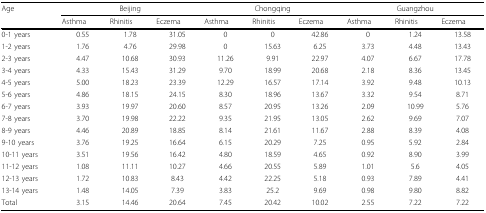
<table><thead><tr><td><b>Age</b></td><td colspan="3"><b>Beijing</b></td><td colspan="3"><b>Chongqing</b></td><td colspan="3"><b>Guangzhou</b></td></tr><tr><td></td><td><b>Asthma</b></td><td><b>Rhinitis</b></td><td><b>Eczema</b></td><td><b>Asthma</b></td><td><b>Rhinitis</b></td><td><b>Eczema</b></td><td><b>Asthma</b></td><td><b>Rhinitis</b></td><td><b>Eczema</b></td></tr></thead><tbody><tr><td>0-1 years</td><td>0.55</td><td>1.78</td><td>31.05</td><td>0</td><td>0</td><td>42.86</td><td>0</td><td>1.24</td><td>13.58</td></tr><tr><td>1-2 years</td><td>1.76</td><td>4.76</td><td>29.98</td><td>0</td><td>15.63</td><td>6.25</td><td>3.73</td><td>4.48</td><td>13.43</td></tr><tr><td>2-3 years</td><td>4.47</td><td>10.68</td><td>30.93</td><td>11.26</td><td>9.91</td><td>22.97</td><td>4.07</td><td>6.67</td><td>17.78</td></tr><tr><td>3-4 years</td><td>4.33</td><td>15.43</td><td>31.29</td><td>9.70</td><td>18.99</td><td>20.68</td><td>2.18</td><td>8.36</td><td>13.45</td></tr><tr><td>4-5 years</td><td>5.00</td><td>18.23</td><td>23.39</td><td>12.29</td><td>16.57</td><td>17.14</td><td>3.92</td><td>9.48</td><td>10.13</td></tr><tr><td>5-6 years</td><td>4.86</td><td>18.15</td><td>24.15</td><td>8.30</td><td>18.96</td><td>13.67</td><td>3.32</td><td>9.54</td><td>8.71</td></tr><tr><td>6-7 years</td><td>3.93</td><td>19.97</td><td>20.60</td><td>8.57</td><td>20.95</td><td>13.26</td><td>2.09</td><td>10.99</td><td>5.76</td></tr><tr><td>7-8 years</td><td>3.70</td><td>19.98</td><td>22.22</td><td>9.35</td><td>21.95</td><td>13.05</td><td>2.62</td><td>9.69</td><td>7.07</td></tr><tr><td>8-9 years</td><td>4.46</td><td>20.89</td><td>18.85</td><td>8.14</td><td>21.61</td><td>11.67</td><td>2.88</td><td>8.39</td><td>4.08</td></tr><tr><td>9-10 years</td><td>3.76</td><td>19.25</td><td>16.64</td><td>6.15</td><td>20.29</td><td>7.25</td><td>0.95</td><td>5.92</td><td>2.84</td></tr><tr><td>10-11 years</td><td>3.51</td><td>19.56</td><td>16.42</td><td>4.80</td><td>18.59</td><td>4.65</td><td>0.92</td><td>8.90</td><td>3.99</td></tr><tr><td>11-12 years</td><td>1.08</td><td>11.11</td><td>10.27</td><td>4.66</td><td>20.55</td><td>5.89</td><td>1.01</td><td>5.6</td><td>4.05</td></tr><tr><td>12-13 years</td><td>1.72</td><td>10.83</td><td>8.43</td><td>4.42</td><td>22.25</td><td>5.18</td><td>0.93</td><td>7.89</td><td>4.41</td></tr><tr><td>13-14 years</td><td>1.48</td><td>14.05</td><td>7.39</td><td>3.83</td><td>25.2</td><td>9.69</td><td>0.98</td><td>9.80</td><td>8.82</td></tr><tr><td>Total</td><td>3.15</td><td>14.46</td><td>20.64</td><td>7.45</td><td>20.42</td><td>10.02</td><td>2.55</td><td>7.22</td><td>7.22</td></tr></tbody></table>